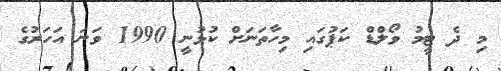
މި ދެ ޓީމު ވޯލްޑް ކަޕުގައި މިހާތަނަށް ކުޅުނީ 1990 ވަނަ އަަހަރުގެ